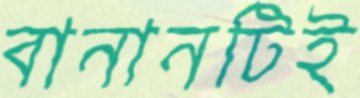
বানানটিই